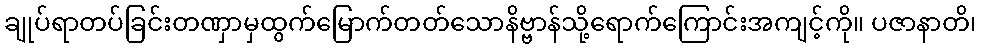
ချုပ်ရာတပ်ခြင်းတဏှာမှထွက်မြောက်တတ်သောနိဗ္ဗာန်သို့ရောက်ကြောင်းအကျင့်ကို။ ပဇာနာတိ၊